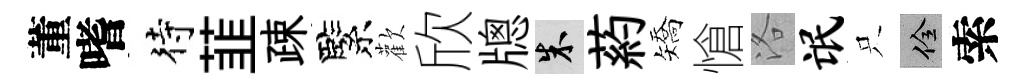
董嗜待韮疎緊歡欣牕朱葯矯愴洛氓只佺索